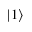
| 1 \rangle